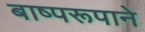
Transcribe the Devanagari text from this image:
बाष्परूपाने